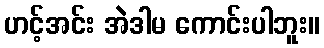
ဟင့်အင်း အဲဒါမ ကောင်းပါဘူး။